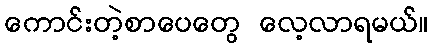
ကောင်းတဲ့စာပေတွေ လေ့လာရမယ်။